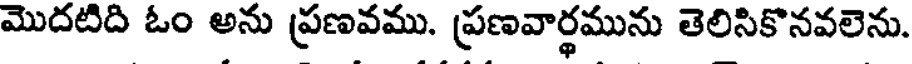
మొదటిది ఓం అను ప్రణవము. ప్రణవార్థమును తెలిసికొనవలెను.